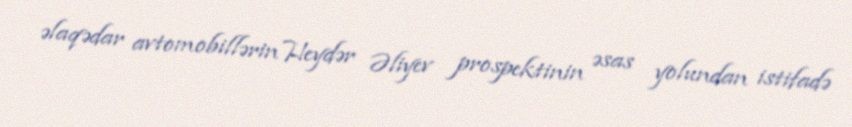
əlaqədar avtomobillərin Heydər Əliyev prospektinin əsas yolundan istifadə